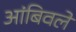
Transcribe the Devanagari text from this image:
आंबिवले